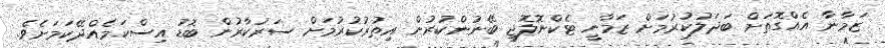
ޒަމާނާ އެއްގޮތަށް ބަދަލުކުރުމަށް ޒަމާނީ ޓެކްނޮލޮޖީ ބޭނުންކުރުން އިތުރުކުރުމަށް ސަރުކާރުން ބޮޑު އިސްކަމެއްދޭކަމަށެވެ.